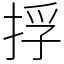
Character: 捊